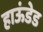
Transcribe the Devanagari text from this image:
हाऊंडेड